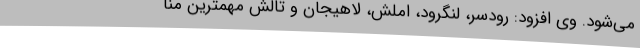
می‌شود. وی افزود: رودسر، لنگرود، املش، لاهیجان و تالش مهمترین منا